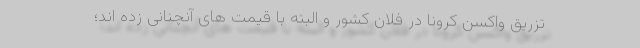
تزریق واکسن کرونا در فلان کشور و البته با قیمت های آنچنانی زده اند؛